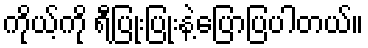
ကိုယ့်ကို ရီပြုံးပြုံးနဲ့ပြောပြပါတယ်။